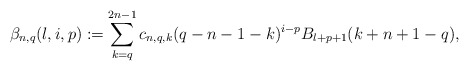
\begin{align*}\beta_{n,q}(l,i,p):=\sum_{k=q}^{2n-1}c_{n,q,k}(q-n-1-k)^{i-p}B_{l+p+1}(k+n+1-q),\end{align*}